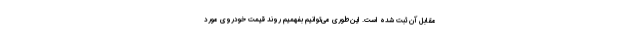
مقابل آن ثبت شده است. این‌طوری می‌توانیم بفهمیم روند قیمت خودروی مورد